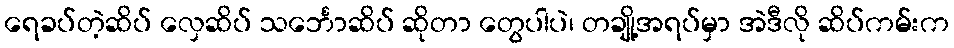
ရေခပ်တဲ့ဆိပ် လှေဆိပ် သင်္ဘောဆိပ် ဆိုတာ တွေပါပဲ၊ တချို့အရပ်မှာ အဲဒီလို ဆိပ်ကမ်းက